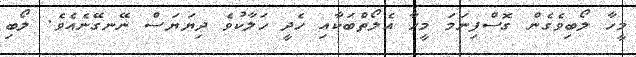
މީހާ ލޯބިވެގެން ގޮސްފިނަމަ މީހާ އެލޯތްބަކާއި ހެދީ ހަލާކުވެ ދިޔަޔަސް ނޭނގޭނެއެވެ. ލޯބި